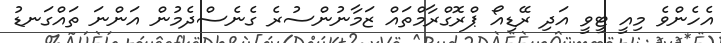
އެހެންވެ މިއީ ޓީވީ އަދި ރޭޑިއޯ ޕްރޮގްރާމްތައް ޒަމާނުންސުރެ ގެނެސްދެމުން އަންނަ ތައްގަނޑު